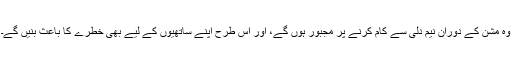
وہ مشن کے دوران نیم دلی سے کام کرنے پر مجبور ہوں گے، اور اس طرح اپنے ساتھیوں کے لیے بھی خطرے کا باعث بنیں گے۔